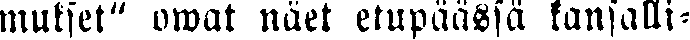
mukset" owat näet etupäässä kansalli-